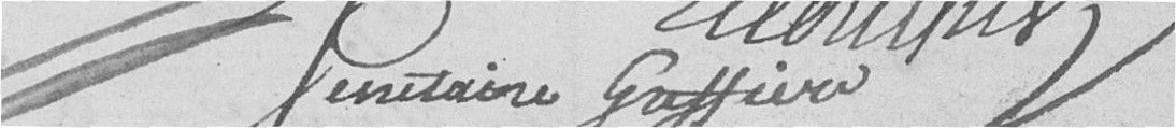
secrétaire greffier